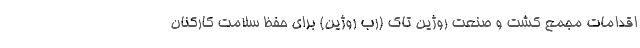
اقدامات مجمع کشت و صنعت روژین تاک (رب روژین) برای حفظ سلامت کارکنان